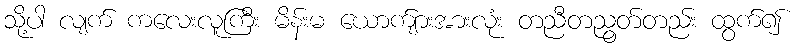
သို့ပါ လျက် ကလေးလူကြီး မိန်းမ ယောက်ျားအားလုံး တညီတညွတ်တည်း ထွက်၍